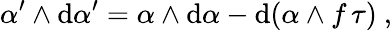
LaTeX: \alpha^{\prime}\wedge\mathrm{d}\alpha^{\prime}=\alpha\wedge\mathrm{d}\alpha-\mathrm{d}(\alpha\wedge f\, \tau)\ ,